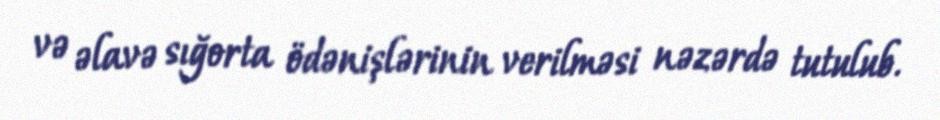
və əlavə sığorta ödənişlərinin verilməsi nəzərdə tutulub.